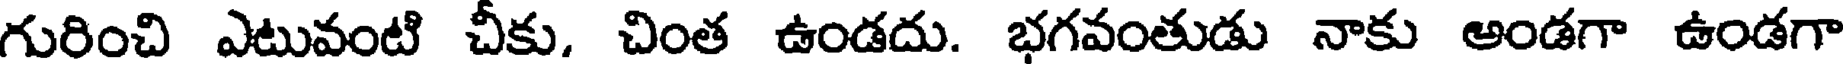
గురించి ఎటువంటి చీకు, చింత ఉండదు. భగవంతుడు నాకు అండగా ఉండగా